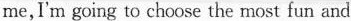
me,I'm going to choose the most fun and